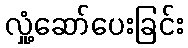
လှုံ့ဆော်ပေးခြင်း